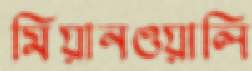
মিয়ানওয়ালি